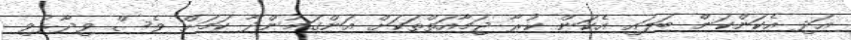
އަދި އެކަންކަން ބަލައި އެކަން ކުރާ ޖަމާއަތްތަކަށް އަންގަމުންދާ ކަމަށް ވެސް ވިދާޅުވި